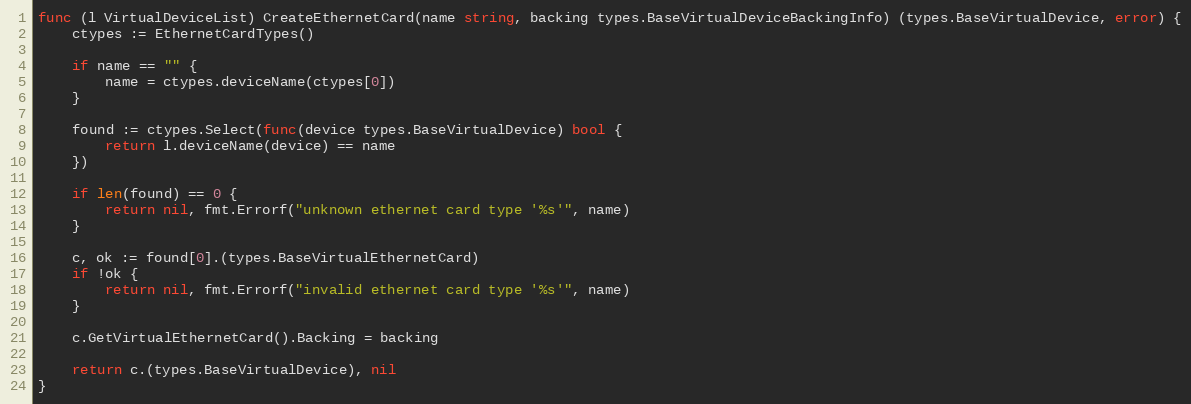
Language: Go
func (l VirtualDeviceList) CreateEthernetCard(name string, backing types.BaseVirtualDeviceBackingInfo) (types.BaseVirtualDevice, error) {
	ctypes := EthernetCardTypes()

	if name == "" {
		name = ctypes.deviceName(ctypes[0])
	}

	found := ctypes.Select(func(device types.BaseVirtualDevice) bool {
		return l.deviceName(device) == name
	})

	if len(found) == 0 {
		return nil, fmt.Errorf("unknown ethernet card type '%s'", name)
	}

	c, ok := found[0].(types.BaseVirtualEthernetCard)
	if !ok {
		return nil, fmt.Errorf("invalid ethernet card type '%s'", name)
	}

	c.GetVirtualEthernetCard().Backing = backing

	return c.(types.BaseVirtualDevice), nil
}